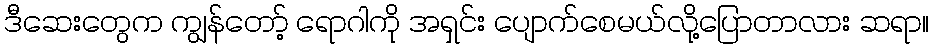
ဒီဆေးတွေက ကျွန်တော့် ရောဂါကို အရှင်း ပျောက်စေမယ်လို့ပြောတာလား ဆရာ။